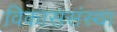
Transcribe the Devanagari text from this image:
विकाससंस्था